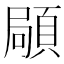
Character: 𩓛